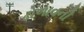
ઢોળાવની